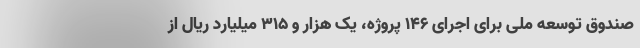
صندوق توسعه ملی برای اجرای ۱۴۶ پروژه، یک هزار و ۳۱۵ میلیارد ریال از